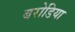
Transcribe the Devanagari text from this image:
बरोडिया